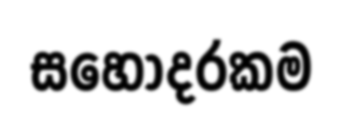
සහෝදරකම